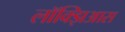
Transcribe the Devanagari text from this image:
लॉक्झिआस